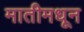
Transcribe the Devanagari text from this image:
मातीमधून